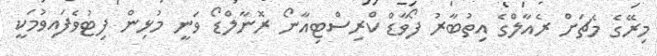
މިރޭގެ މެޗަށް ރެއާލްގެ އިތުބާރު ފޯވާޑް ކްރިސްޓިއާނޯ ރޮނާލްޑޯ ވަނީ މުޅިން ފިޓުވެފައިވުމަކީ